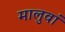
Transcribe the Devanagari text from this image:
मालुवां